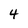
Character: 4